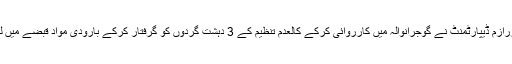
کاؤنٹر ٹیررازم ڈیپارٹمنٹ نے گوجرانوالہ میں کارروائی کرکے کالعدم تنظیم کے 3 دہشت گردوں کو گرفتار کرکے بارودی مواد قبضے میں لے لیا ہے۔